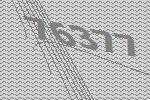
76377